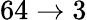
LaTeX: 64\rightarrow 3